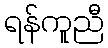
ရန်ကူညီ